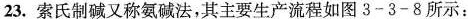
23.索氏制碱又称氨碱法，其主要生产流程如图3-3-8所示：